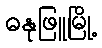
ဓနုဖြူမြို့